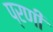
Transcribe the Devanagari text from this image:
प्रणी